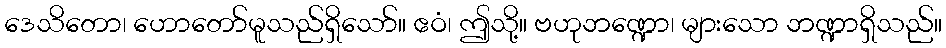
ဒေသိတော၊ ဟောတော်မူသည်ရှိသော်။ ဧဝံ၊ ဤသို့။ ဗဟုဘဏ္ဍော၊ များသော ဘဏ္ဍာရှိသည်။